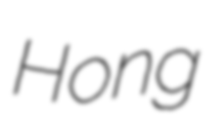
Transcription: Hong